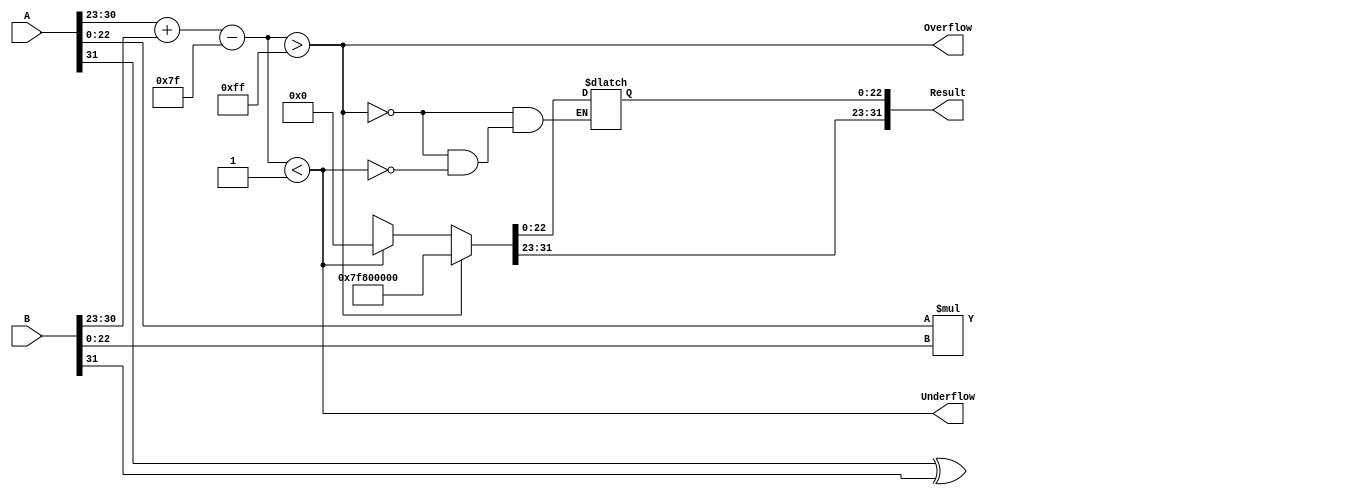
module fp_multiplier (
    input [31:0] A,      // Input A 
    input [31:0] B,      // Input B
    output reg [31:0] Result, // Result
    output reg Overflow,  // Overflow flag
    output reg Underflow   // Underflow flag
);

    // IEEE 754 components
    wire signA, signB, signResult;
    wire [7:0] exponentA, exponentB, exponentResult;
    wire [22:0] mantissaA, mantissaB;
    wire [47:0] mantissaResult; // More bits for the product
    wire [8:0] expSum;
    reg [7:0] expResult;

    assign signA = A[31];
    assign signB = B[31];
    
    assign exponentA = A[30:23];
    assign exponentB = B[30:23];

    assign mantissaA = {1'b1, A[22:0]}; // Implicit leading 1
    assign mantissaB = {1'b1, B[22:0]}; // Implicit leading 1

    // Sign calculation
    assign signResult = signA ^ signB;

    // Exponent calculation
    assign expSum = {1'b0, exponentA} + {1'b0, exponentB} - 8'd127; // bias removal

    // Mantissa multiplication
    assign mantissaResult = mantissaA * mantissaB;

    // Normalization
    always @(*) begin
        // Normalization of the product
        if (mantissaResult[47]) begin
            expResult = expSum + 1; // Adjust exponent for normalization
            Result[22:0] = mantissaResult[46:24]; // Shift for normalization
        end else begin
            expResult = expSum; // No adjustment needed
            Result[22:0] = mantissaResult[45:23]; // Mantissa remains
        end
        // Assign other fields
        Result[31] = signResult; // Sign bit
        Result[30:23] = expResult; // Exponent
    end

    // Setting overflow and underflow flags
    always @(*) begin
        Overflow = (expResult > 8'd255); // Check for overflow
        Underflow = (expResult < 8'd1); // Check for underflow
    end

    // Result finalization
    always @(*) begin
        if (Overflow) begin
            Result = {signResult, 1'b0, 8'd255, 23'b0}; // Set to infinity
        end else if (Underflow) begin
            Result = 32'b0; // Set to zero
        end else begin
            Result = {signResult, expResult, Result[22:0]}; // Final result format
        end
    end

endmodule